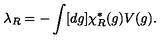
\lambda _ { R } = - \int [ d g ] \chi _ { R } ^ { * } ( g ) V ( g ) .